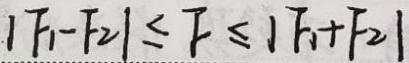
$|F_{1}-F_{2}|\leq F\leq|F_{1} + F_{2}|$